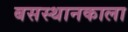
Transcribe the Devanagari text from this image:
बसस्थानकाला